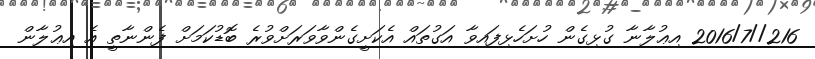
216//2016/7 އިޢުލާނާ ގުޅިގެން ހުށަހެޅިފައިވާ އަގުތައް އެކަށީގެންވާވަރަށްވުރެ ބޮޑުކަމަށް ފެންނާތީ އެ އިޢުލާން